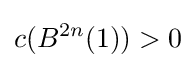
c(B^{2n}(1))>0